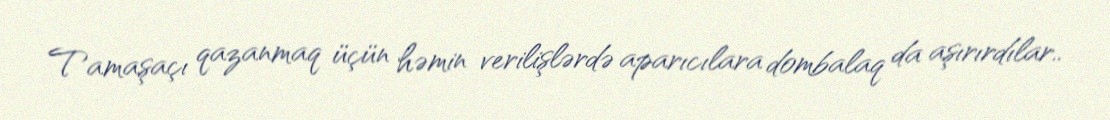
Tamaşaçı qazanmaq üçün həmin verilişlərdə aparıcılara dombalaq da aşırırdılar..